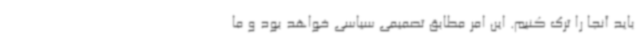
باید آنجا را ترک کنیم. این امر مطابق تصمیمی سیاسی خواهد بود و ما